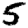
Digit: 5